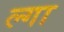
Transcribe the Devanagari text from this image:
ल्गा